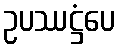
ဥပဿဋ္ဌံပေ